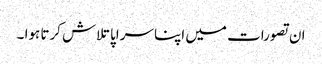
ان تصورات میں اپنا سراپا تلاش کرتا ہوا ۔